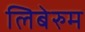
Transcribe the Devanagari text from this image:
लिबेरुम